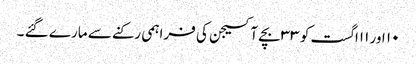
۱۰ اور ۱۱اگست کو ۳۳ بچے آکسیجن کی فراہمی رکنے سے مارے گئے ۔